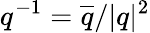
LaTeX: q^{-1}=\overline{{q}}/\vert q\vert^{2}